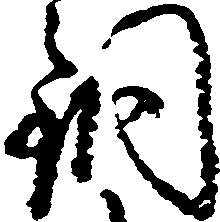
銅